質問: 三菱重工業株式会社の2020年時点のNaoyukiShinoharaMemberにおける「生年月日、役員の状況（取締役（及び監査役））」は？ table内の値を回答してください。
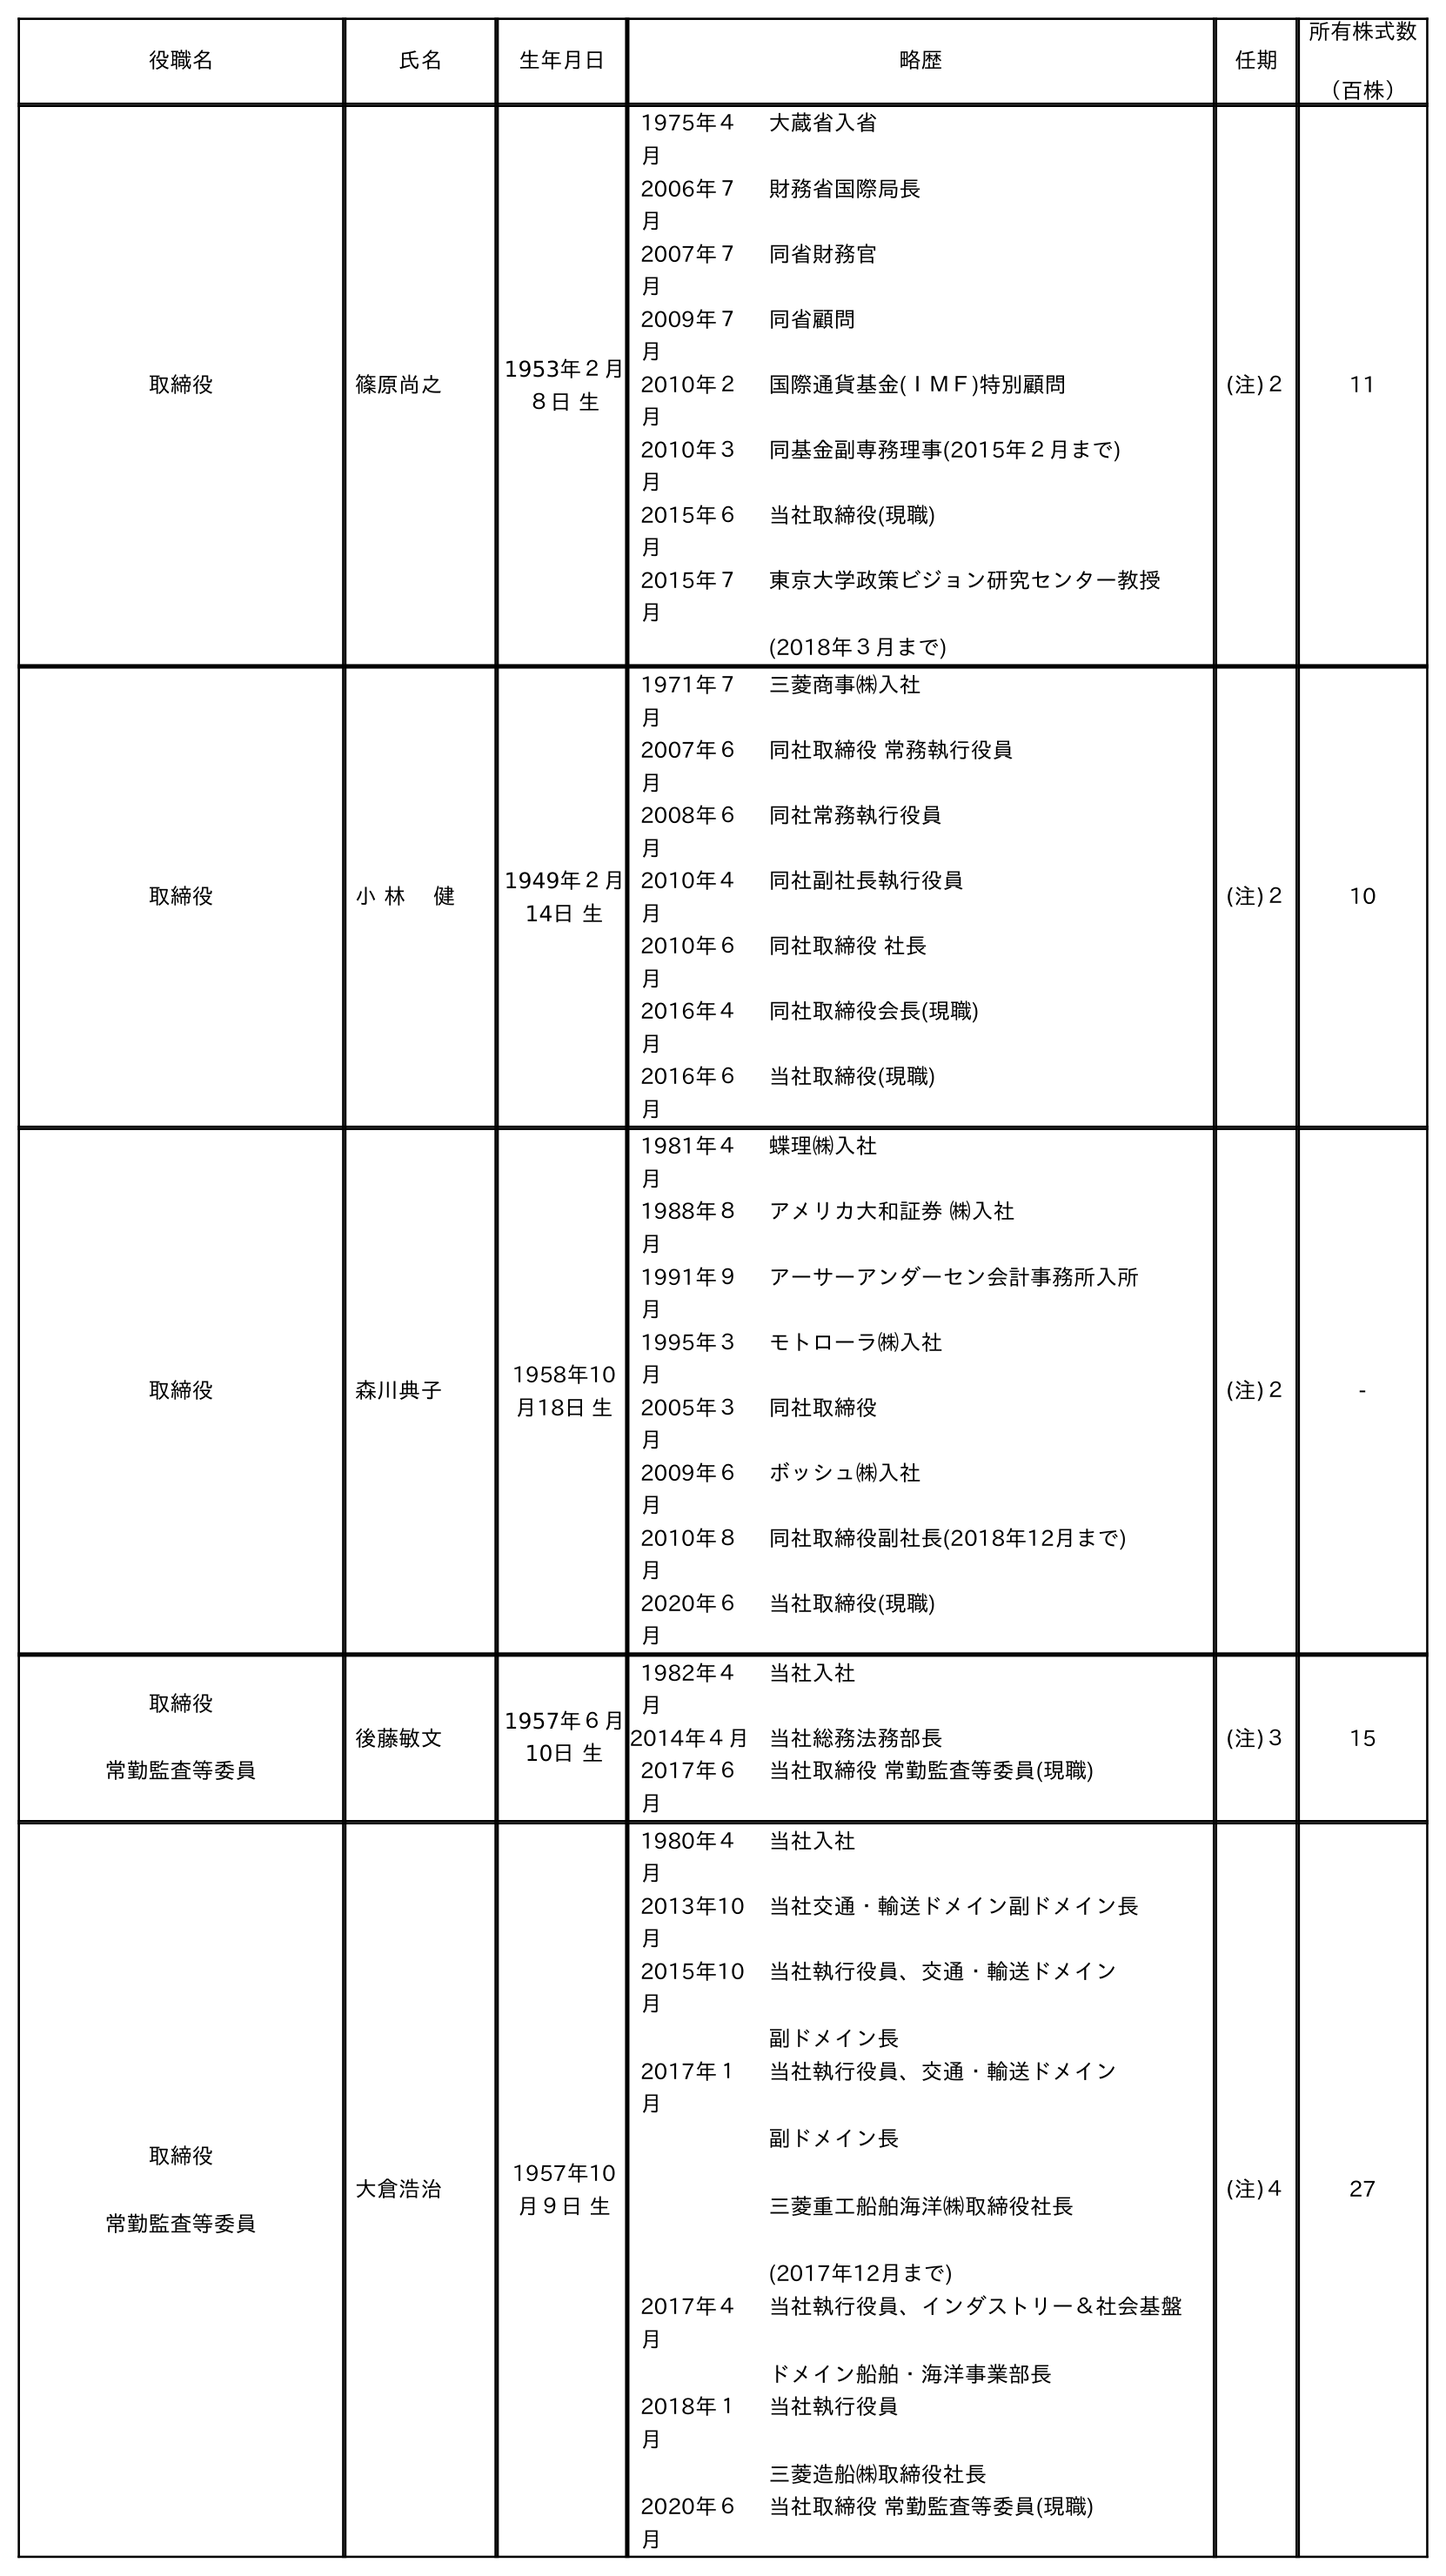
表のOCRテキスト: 役職名 氏名 生年月日 略歴 任期 所有株式数 （百株） 取締役 篠原尚之 1953年２月 ８日 生 1975年４ 月 大蔵省入省 2006年７ 月 財務省国際局長 2007年７ 月 同省財務官 2009年７ 月 同省顧問 2010年２ 月 国際通貨基金(ＩＭＦ)特別顧問 2010年３ 月 同基金副専務理事(2015年２月まで) 2015年６ 月 当社取締役(現職) 2015年７ 月 東京大学政策ビジョン研究センター教授 (2018年３月まで) (注)２ 11 取締役 小 林 健 1949年２月 14日 生 1971年７ 月 三菱商事㈱入社 2007年６ 月 同社取締役 常務執行役員 2008年６ 月 同社常務執行役員 2010年４ 月 同社副社長執行役員 2010年６ 月 同社取締役 社長 2016年４ 月 同社取締役会長(現職) 2016年６ 月 当社取締役(現職) (注)２ 10 取締役 森川典子 1958年10 月18日 生 1981年４ 月 蝶理㈱入社 1988年８ 月 アメリカ大和証券 ㈱入社 1991年９ 月 アーサーアンダーセン会計事務所入所 1995年３ 月 モトローラ㈱入社 2005年３ 月 同社取締役 2009年６ 月 ボッシュ㈱入社 2010年８ 月 同社取締役副社長(2018年12月まで) 2020年６ 月 当社取締役(現職) (注)２ - 取締役 常勤監査等委員 後藤敏文 1957年６月 10日 生 1982年４ 月 当社入社 2014年４月 当社総務法務部長 2017年６ 月 当社取締役 常勤監査等委員(現職) (注)３ 15 取締役 常勤監査等委員 大倉浩治 1957年10 月９日 生 1980年４ 月 当社入社 2013年10 月 当社交通・輸送ドメイン副ドメイン長 2015年10 月 当社執行役員、交通・輸送ドメイン 副ドメイン長 2017年１ 月 当社執行役員、交通・輸送ドメイン 副ドメイン長 三菱重工船舶海洋㈱取締役社長 (2017年12月まで) 2017年４ 月 当社執行役員、インダストリー＆社会基盤 ドメイン船舶・海洋事業部長 2018年１ 月 当社執行役員 三菱造船㈱取締役社長 2020年６ 月 当社取締役 常勤監査等委員(現職) (注)４ 27
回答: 1953年２月８日生